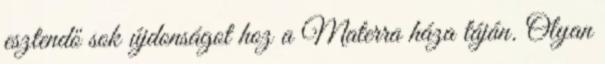
esztendő sok újdonságot hoz a Materra háza táján. Olyan